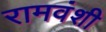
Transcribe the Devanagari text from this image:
रामवंशी